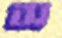
স